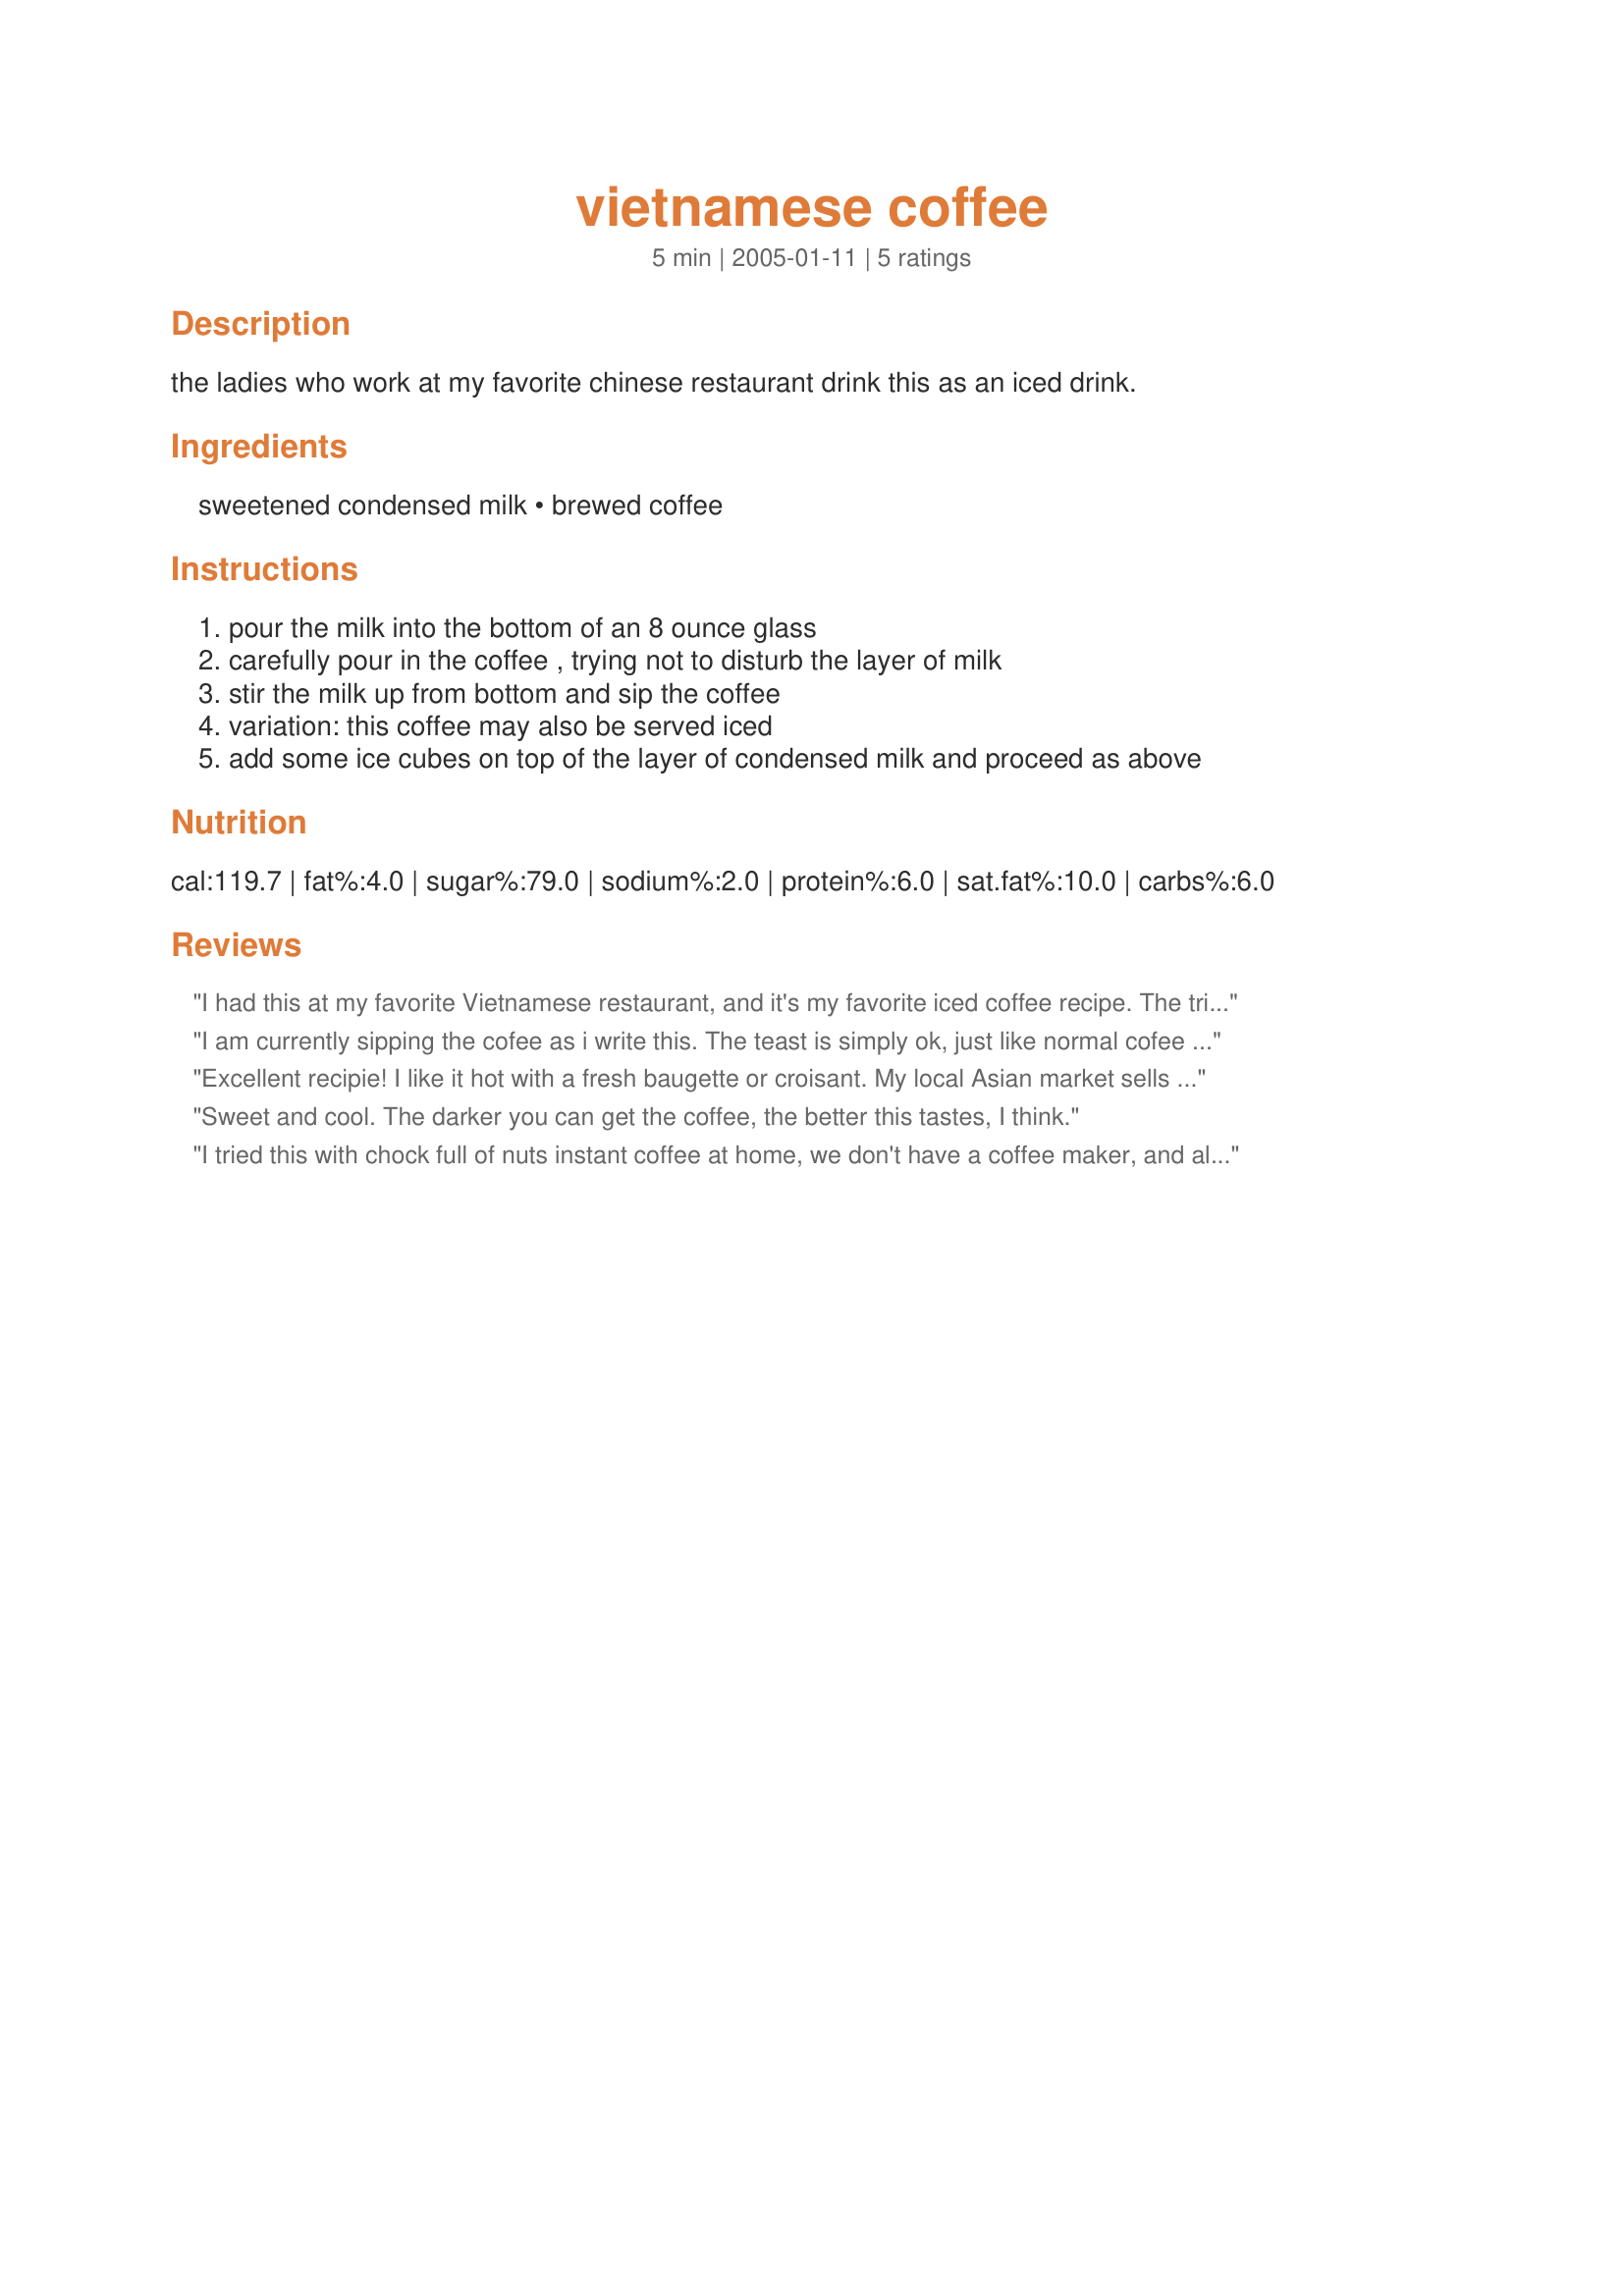
vietnamese coffee
Preparation time: 5 minutes

the ladies who work at my favorite chinese restaurant drink this as an iced drink.

Ingredients:
sweetened condensed milk, brewed coffee

Steps:
pour the milk into the bottom of an 8 ounce glass, carefully pour in the coffee , trying not to disturb the layer of milk, stir the milk up from bottom and sip the coffee, variation: this coffee may also be served iced, add some ice cubes on top of the layer of condensed milk and proceed as above

Reviews:
I had this at my favorite Vietnamese restaurant, and it's my favorite iced coffee recipe. The trick is to use espresso or to make your coffee as espresso-like as humanly possible. If the coffee is any weaker than that, the sweetened condensed milk becomes the main thing you taste, instead of the coffee.
I am currently sipping the cofee as i write this. The teast is simply ok, just like normal cofee but abit richer.Thank you Mercy for the teast experience:)

Excellent recipie! I like it hot with a fresh baugette or croisant. My local Asian market sells a generic dark roast coffee. It takes a bit of going to get it all together (the coffee and pastry), but YUM! Is it ever worth the bother!This coffee is also wondweful iced. And at such a savings!
Sweet and cool. The darker you can get the coffee, the better this tastes, I think.
I tried this with chock full of nuts instant coffee at home, we don't have a coffee maker, and all I need is one cup in the morning. YUMMY!! Thank you Mercy, what a delicious coffee recipe!
